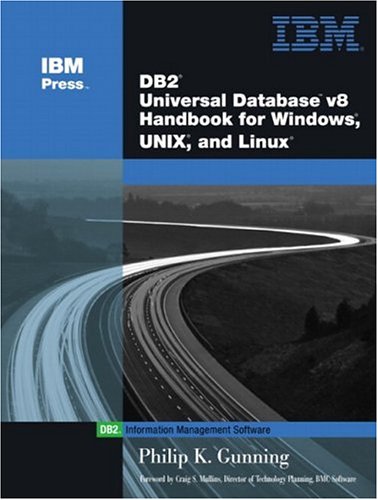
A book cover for DB2(R) Universal Database V8 Handbook for Windows, UNIX, and Linux (IBM Press Series--Information Management); Philip K. Gunning; Computers & Technology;